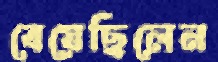
বেয়েছিলেন